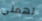
تهمني